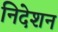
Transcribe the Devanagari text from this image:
निदेशन